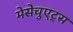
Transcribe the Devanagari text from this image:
मेसेचुएट्स